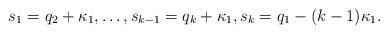
LaTeX: \begin{align*} s_1 = q_2 + \kappa_1, \ldots, s_{k-1} = q_k + \kappa_1, s_k = q_1 - (k-1) \kappa_1. \end{align*}